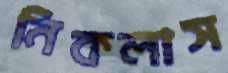
নিকলাস